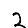
Digit: 2